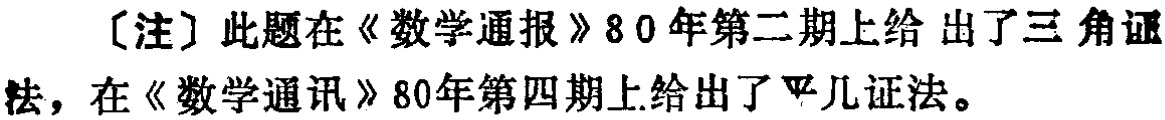
[注] 此题在《数学通报》80 年第二期上给出了三角证法，在《数学通讯》80 年第四期上给出了平几证法。